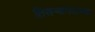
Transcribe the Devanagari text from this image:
तिसऱ्यानेत्राच्या